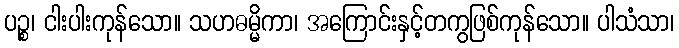
ပဉ္စ၊ ငါးပါးကုန်သော။ သဟဓမ္မိကာ၊ အကြောင်းနှင့်တကွဖြစ်ကုန်သော။ ပါသံသာ၊